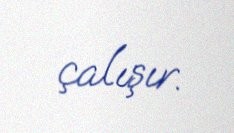
çalışır.